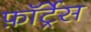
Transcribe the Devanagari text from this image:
फ़ॉर्ट्रेस